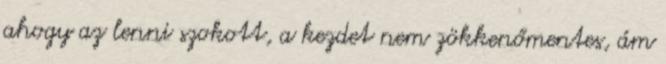
ahogy az lenni szokott, a kezdet nem zökkenőmentes, ám